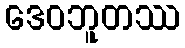
ဒေဝဘူတဿ